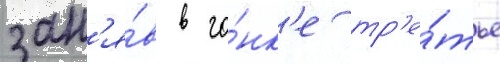
зан'я́в в го́нк'е тр'е́тье